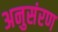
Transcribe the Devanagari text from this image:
अनुसंरण